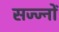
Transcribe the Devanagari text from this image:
सज्ज्नों